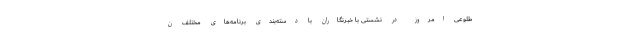
طلوعی امروز در نشستی با خبرنگاران با دسته‌بندی برنامه‌های مختلف ن